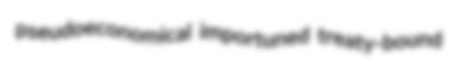
pseudoeconomical importuned treaty-bound